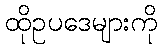
ထိုဥပဒေများကို